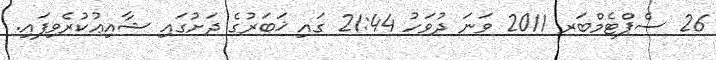
26 ސެޕްޓެމްބަރ 2011 ވަނަ ދުވަހު 21:44 ގައި ޚަބަރުގެ ދަށުގައި ޝާއިޢުކުރެވިފައި.